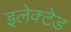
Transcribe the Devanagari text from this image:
इलेक्टेड